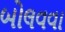
બોલવવા